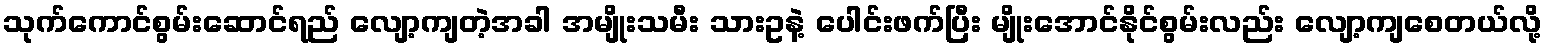
သုက်ကောင်စွမ်းဆောင်ရည် လျော့ကျတဲ့အခါ အမျိုးသမီး သားဥနဲ့ ပေါင်းဖက်ပြီး မျိုးအောင်နိုင်စွမ်းလည်း လျော့ကျစေတယ်လို့